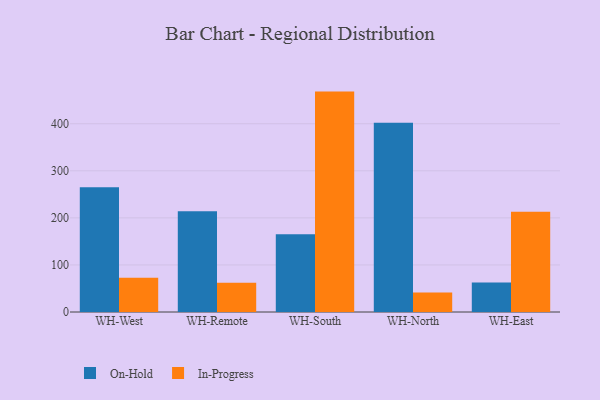
{"axis": {"x": "Warehouse", "y": "Tickets Resolved"}, "legend": ["In-Progress", "On-Hold"], "data": [{"x": "WH-West", "y": 264.8, "type": "On-Hold"}, {"x": "WH-West", "y": 73.0, "type": "In-Progress"}, {"x": "WH-Remote", "y": 214.3, "type": "On-Hold"}, {"x": "WH-Remote", "y": 61.9, "type": "In-Progress"}, {"x": "WH-South", "y": 165.0, "type": "On-Hold"}, {"x": "WH-South", "y": 468.3, "type": "In-Progress"}, {"x": "WH-North", "y": 401.9, "type": "On-Hold"}, {"x": "WH-North", "y": 41.4, "type": "In-Progress"}, {"x": "WH-East", "y": 62.7, "type": "On-Hold"}, {"x": "WH-East", "y": 213.1, "type": "In-Progress"}]}